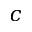
c